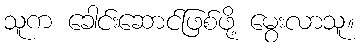
သူက ခေါင်းဆောင်ဖြစ်ဖို့ မွေးလာသူ။